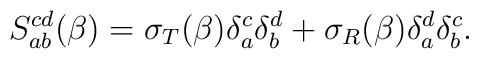
S_{ab}^{cd} ( \beta) = \sigma_T (\beta) \delta_a^c \delta_b^d + \sigma_R(\beta) \delta_a^d \delta_b^c.